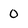
Character: O